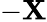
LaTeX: -\mathbf{X}